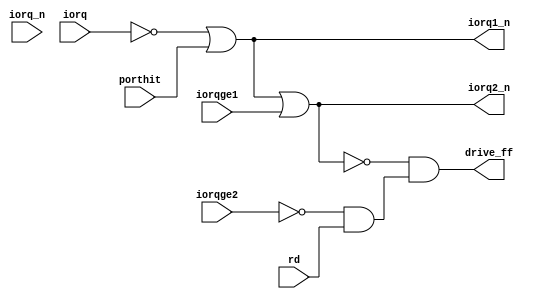
module zbus
(
  input  wire iorq,
  input  wire iorq_n,
  input  wire rd,

  output wire iorq1_n,
  output wire iorq2_n,

  input  wire iorqge1,
  input  wire iorqge2,

  input  wire porthit,

  output wire drive_ff
);

  assign iorq2_n = iorq1_n || iorqge1;

`ifdef FREE_IORQ
  assign iorq1_n = iorq_n;
  assign drive_ff = !iorq2_n && !iorqge2 && !porthit && rd;
`else
  assign iorq1_n = !iorq || porthit;              // iorq is masked my M1_n!
  assign drive_ff = !iorq2_n && !iorqge2 & rd;
`endif

endmodule